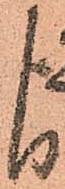
よ